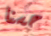
حسنا